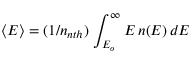
\langle E \rangle = ( 1 / n _ { n t h } ) \, \int _ { E _ { o } } ^ { \infty } E \, n ( E ) \, d E